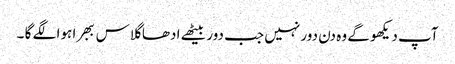
آپ دیکھو گے وہ دن دور نہیں جب دور بیٹھے ادھا گلاس ببھرا ہوا لگے گا ۔